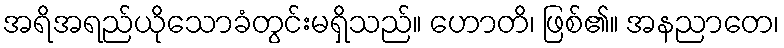
အရိအရည်ယိုသောခံတွင်းမရှိသည်။ ဟောတိ၊ ဖြစ်၏။ အနညာတေ၊